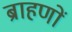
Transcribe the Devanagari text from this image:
ब्राहणों